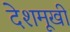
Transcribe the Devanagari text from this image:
देशमूखी